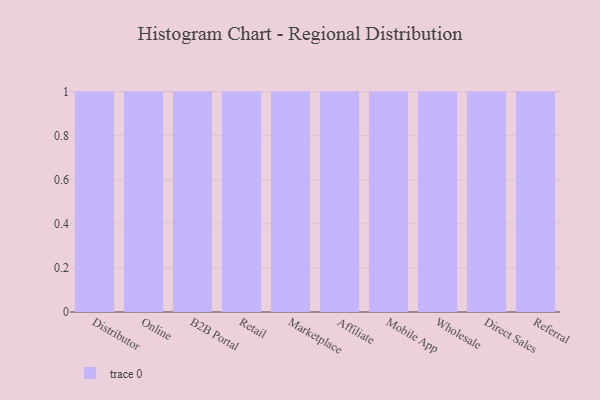
{"axis": {"x": "Channel", "y": "Active Users"}, "legend": [""], "data": [{"x": "Distributor", "y": 38, "type": ""}, {"x": "Online", "y": 81, "type": ""}, {"x": "B2B Portal", "y": 11, "type": ""}, {"x": "Retail", "y": 79, "type": ""}, {"x": "Marketplace", "y": 20, "type": ""}, {"x": "Affiliate", "y": 33, "type": ""}, {"x": "Mobile App", "y": 94, "type": ""}, {"x": "Wholesale", "y": 69, "type": ""}, {"x": "Direct Sales", "y": 49, "type": ""}, {"x": "Referral", "y": 54, "type": ""}]}